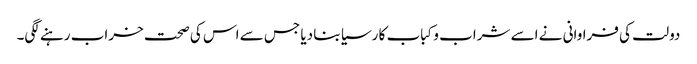
دولت کی فراوانی نے اسے شراب و کباب کا رسیا بنا دیا جس سے اس کی صحت خراب رہنے لگی۔